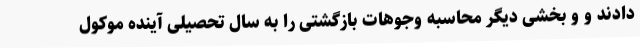
دادند و و بخشی دیگر محاسبه وجوهات بازگشتی را به سال تحصیلی آینده موکول